Report on vaccination in Madras 1904-1921 - 1904-1921
Year: 1904
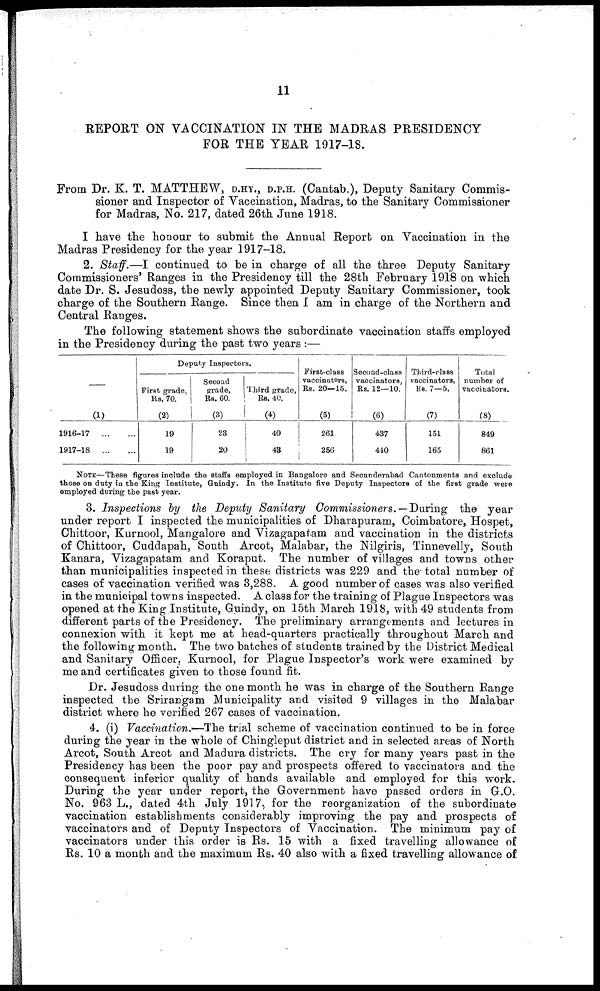
11
REPORT ON VACCINATION IN THE MADRAS PRESIDENCY
FOR THE YEAR 1917-18.
From Dr. K. T. MATTHEW, D.HY., D.P.H. (Cantab.), Deputy Sanitary Commis-
sioner and Inspector of Vaccination, Madras, to the Sanitary Commissioner
for Madras, No. 217, dated 26th June 1918.
I have the honour to submit the Annual Report on Vaccination in the
Madras Presidency for the year 1917-18.
2. Staff.—I continued to be in charge of all the three Deputy Sanitary
Commissioners' Ranges in the Presidency till the 28th February 1918 on which
date Dr. S. Jesudoss, the newly appointed Deputy Sanitary Commissioner, took
charge of the Southern Range. Since then I am in charge of the Northern and
Central Ranges.
The following statement shows the subordinate vaccination staffs employed
in the Presidency during the past two years :—
—
(1)
1916-17 ... ...
1917-18 ... ...
Deputy Inspectors.
First grade,
Rs. 70.
(2)
19
19
Second
grade,
Rs. 60.
(3)
23
20
Third grade,
Ra. 40.
(4)
40
48
First-class
vaccinators,
Rs. 20—15.
(5)
261
256
Second-class
vaccinators,
Rs. 12—10.
(6)
437
440
Third-class
vaccinators,
RS. 7—5.
(7)
151
165
Total
number of
vaccinators.
(8)
849
861
NOTE—These figures include the staffs employed in Bangalore and Secunderabad Cantonments and exclude
those on duty in the King Institute, Guindy. In the Institute five Deputy Inspectors of the first grade were
employed during the past year.
3. Inspections by the Deputy Sanitary Commissioners. — During the year
under report I inspected the municipalities of Dharapuram, Coimbatore, Hospet,
Chittoor, Kurnool, Mangalore and Vizagapatam and vaccination in the districts
of Chittoor, Cuddapah, South Arcot, Malabar, the Nilgiris, Tinnevelly, South
Kanara, Vizagapatam and Koraput. The number of villages and towns other
than municipalities inspected in these districts was 229 and the total number of
cases of vaccination verified was 3,288. A good number of cases was also verified
in the municipal towns inspected. A class for the training of Plague Inspectors was
opened at the King Institute, Guindy, on 15th March 1918, with 49 students from
different parts of the Presidency. The preliminary arrangements and lectures in
connexion with it kept me at head-quarters practically throughout March and
the following month. The two batches of students trained by the District Medical
and Sanitary Officer, Kurnool, for Plague Inspector's work were examined by
me and certificates given to those found fit.
Dr. Jesudoss during the one month he was in charge of the Southern Range
inspected the Srirangam Municipality and visited 9 villages in the Malabar
district where he verified 267 cases of vaccination.
4. (i) Vaccination.—The trial scheme of vaccination continued to be in force
during the year in the whole of Chingleput district and in selected areas of North
Arcot, South Arcot and Madura districts. The cry for many years past in the
Presidency has been the poor pay and prospects offered to vaccinators and the
consequent inferior quality of hands available and employed for this work.
During the year under report, the Government have passed orders in G.O.
No. 963 L., dated 4th July 1917, for the reorganization of the subordinate
vaccination establishments considerably improving the pay and prospects of
vaccinators and of Deputy Inspectors of Vaccination. The minimum pay of
vaccinators under this order is Rs. 15 with a fixed travelling allowance of
Rs. 10 a month and the maximum Rs. 40 also with a fixed travelling allowance of